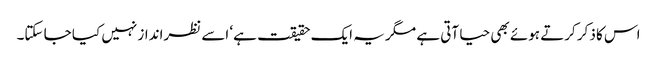
اس کا ذکر کرتے ہوئے بھی حیا آتی ہے مگر یہ ایک حقیقت ہے‘ اسے نظرانداز نہیں کیا جا سکتا۔